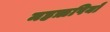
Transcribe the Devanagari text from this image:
महॠषियों